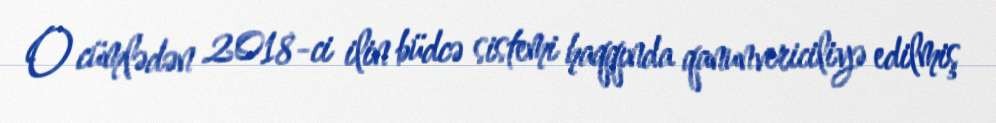
O cümlədən 2018-ci ilin büdcə sistemi haqqında qanunvericiliyə edilmiş